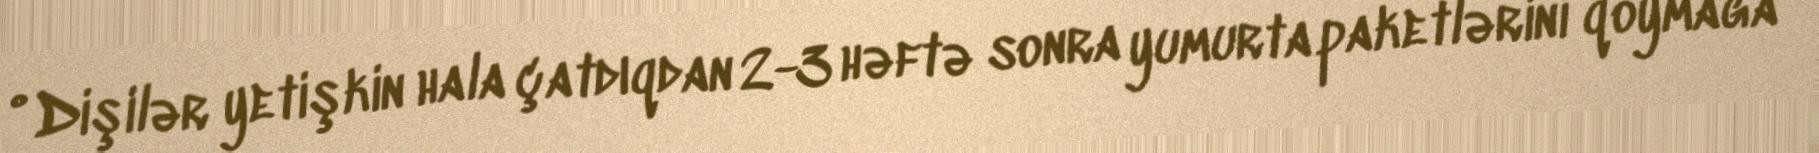
• Dişilər yetişkin hala çatdıqdan 2-3 həftə sonra yumurta paketlərini qoymağa